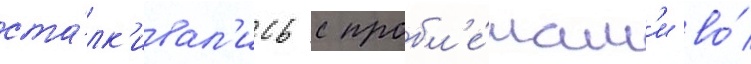
ста́лк'ивал'ись с пробл'е́мам'и во́